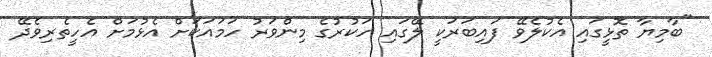
"ބާމިޔާ ތޮޅީގައި އެކުލެވޭ ފައިބަރަކީ ލޭގައި ހަކުރުގެ މިންވަރު ހަމައަކަށް އެޅުމަށް އެހީތެރިވެދޭ